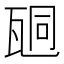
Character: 𤭆